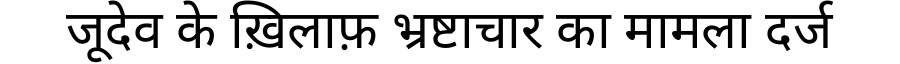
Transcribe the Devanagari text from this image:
जूदेव के ख़िलाफ़ भ्रष्टाचार का मामला दर्ज